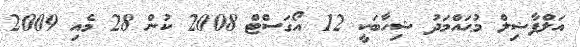
އަލްފާޟިލް މުޙައްމަދު ޝިހާބަކީ 12 އޯގަސްޓް 2008 ކުން 28 މެއި 2009